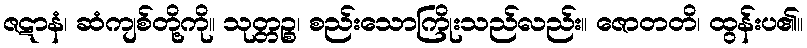
ဇဋာနံ၊ ဆံကျစ်တို့ကို။ သုတ္တဉ္စ၊ စည်းသောကြိုးသည်လည်း။ ဇောတတိ၊ ထွန်းပ၏။